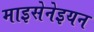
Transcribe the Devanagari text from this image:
माइसेनेइयन